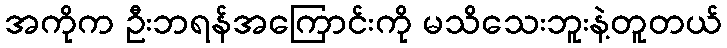
အကိုက ဦးဘရန်အကြောင်းကို မသိသေးဘူးနဲ့တူတယ်